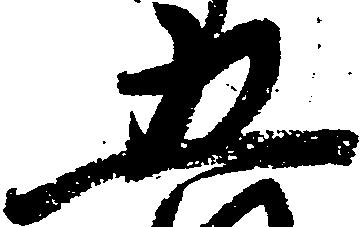
五